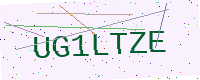
Text: UG1LTZE